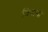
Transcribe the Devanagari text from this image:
विषानों